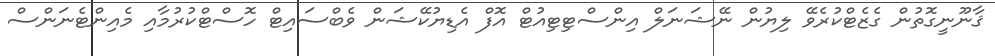
ޤާނޫނީގޮތުން ގެޒެޓްކުރެވޭ ލިޔުން ނޭޝަނަލް އިންސްޓިޓިއުޓް އޮފް އެޑިޔުކޭޝަން ވެބްސައިޓް ހޮސްޓްކުރުމާއި މެއިންޓެނަންސް